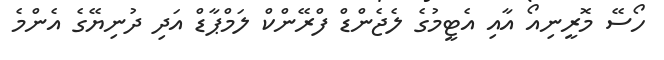
ހޯސޭ މޮރީނިއޯ އާއި އެޓީމުގެ ލެޖެންޑް ފްރޭންކް ލަމްޕާޑް އަދި ދުނިޔޭގެ އެންމެ